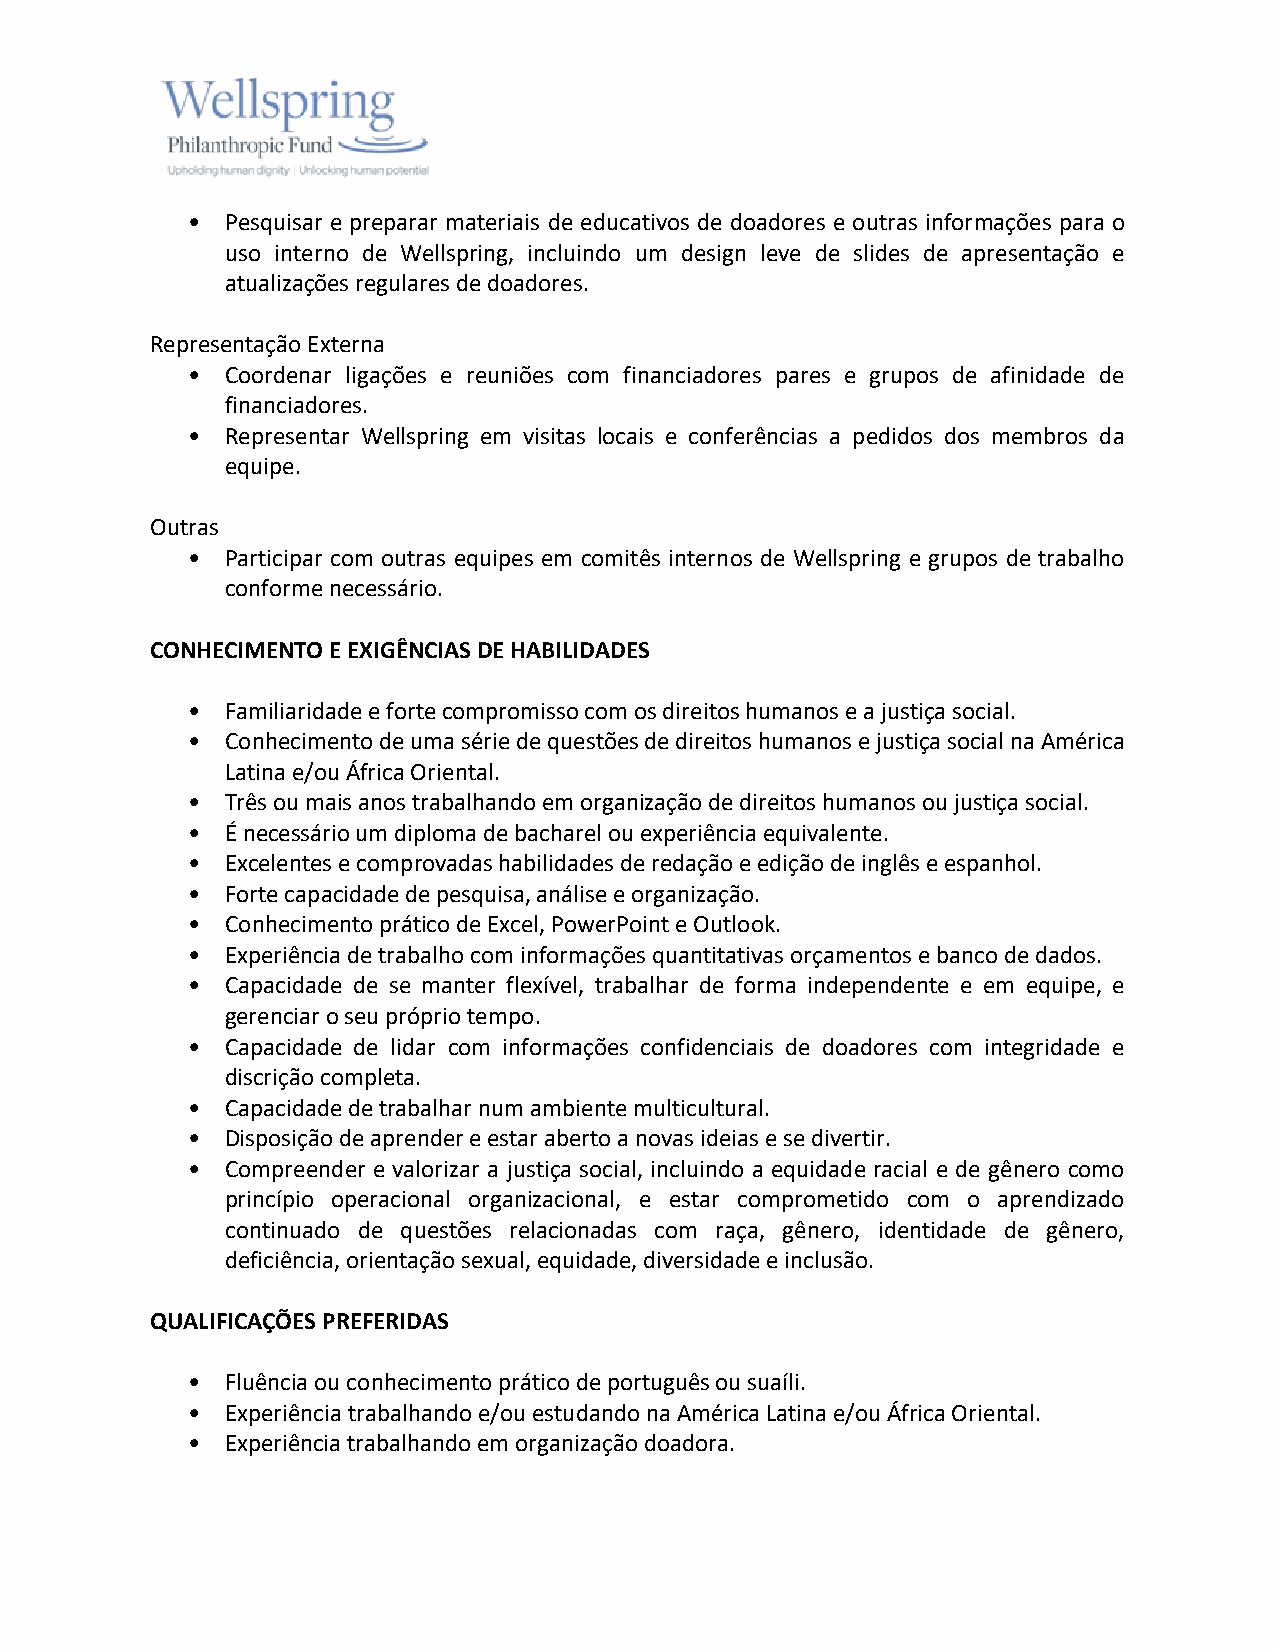
•  Pesquisar e preparar materiais de educativos de doadores e outras informações para o
 uso interno de Wellspring, incluindo um design leve de slides de apresentação e
 atualizações regulares de doadores.
 Representação Externa
 •  Coordenar ligações e reuniões com financiadores pares e grupos de afinidade de
 financiadores.
 •  Representar Wellspring em visitas locais e conferências a pedidos dos membros da
 equipe.
 Outras
 •  Participar com outras equipes em comitês internos de Wellspring e grupos de trabalho
 conforme necessário.
 CONHECIMENTO E EXIGÊNCIAS DE HABILIDADES
 •  Familiaridade e forte compromisso com os direitos humanos e a justiça social.
 •  Conhecimento de uma série de questões de direitos humanos e justiça social na América
 Latina e/ou África Oriental.
 •  Três ou mais anos trabalhando em organização de direitos humanos ou justiça social.
 •  É necessário um diploma de bacharel ou experiência equivalente.
 •  Excelentes e comprovadas habilidades de redação e edição de inglês e espanhol.
 •  Forte capacidade de pesquisa, análise e organização.
 •  Conhecimento prático de Excel, PowerPoint e Outlook.
 •  Experiência de trabalho com informações quantitativas orçamentos e banco de dados.
 •  Capacidade de se manter flexível, trabalhar de forma independente e em equipe, e
 gerenciar o seu próprio tempo.
 •  Capacidade de lidar com informações confidenciais de doadores com integridade e
 discrição completa.
 •  Capacidade de trabalhar num ambiente multicultural.
 •  Disposição de aprender e estar aberto a novas ideias e se divertir.
 •  Compreender e valorizar a justiça social, incluindo a equidade racial e de gênero como
 princípio operacional organizacional, e estar comprometido com o aprendizado
 continuado de questões relacionadas com raça, gênero, identidade de gênero,
 deficiência, orientação sexual, equidade, diversidade e inclusão.
 QUALIFICAÇÕES PREFERIDAS
 •  Fluência ou conhecimento prático de português ou suaíli.
 •  Experiência trabalhando e/ou estudando na América Latina e/ou África Oriental.
 •  Experiência trabalhando em organização doadora.